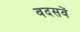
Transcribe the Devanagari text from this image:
वदसवें